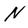
Character: N